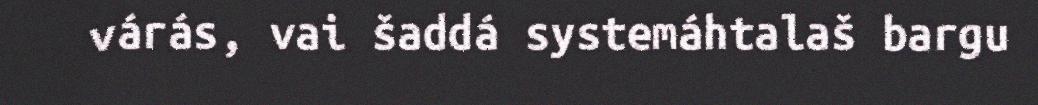
várás, vai šaddá systemáhtalaš bargu